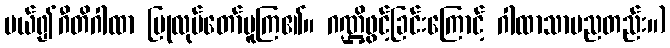
ပယ်၍ဂီတိဂါထာ ပြုလုပ်တော်မူကြ၏။ ဂဏ္ဌိဖွင့်ခြင်းကြောင့် ဂါထာသာမညတည်း။)